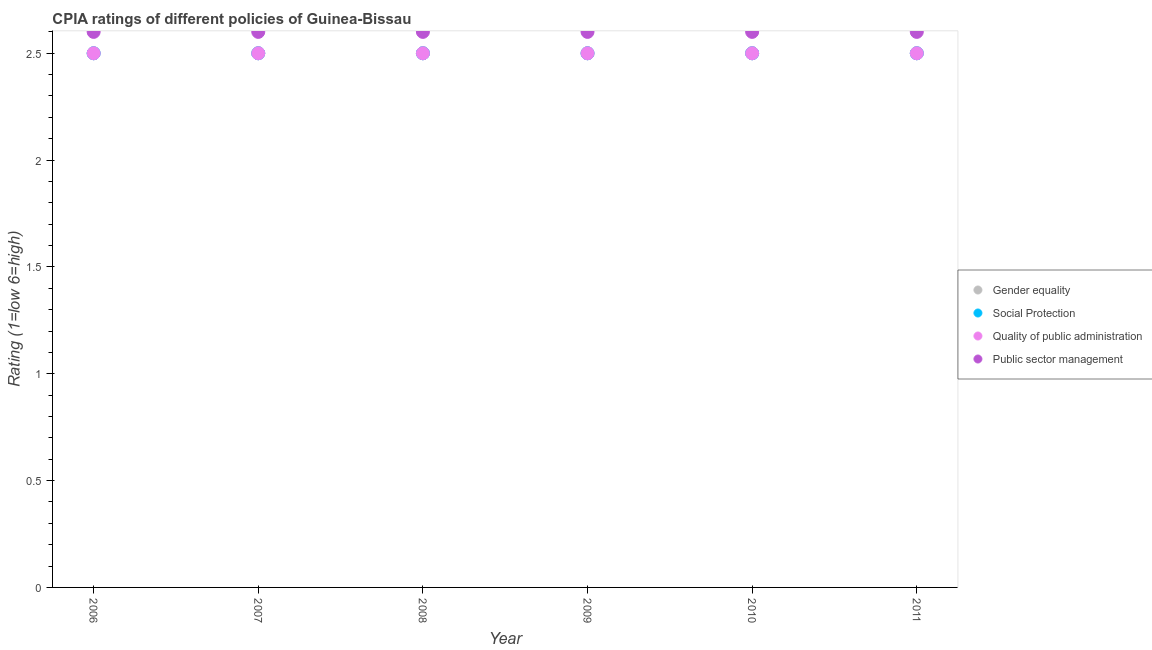
| Year | Gender equality | Social Protection | Quality of public administration | Public sector management |
 | --- | --- | --- | --- | --- |
 | 2006 | 2.5 | 2.5 | 2.5 | 2.6 |
 | 2007 | 2.5 | 2.5 | 2.5 | 2.6 |
 | 2008 | 2.5 | 2.5 | 2.5 | 2.6 |
 | 2009 | 2.5 | 2.5 | 2.5 | 2.6 |
 | 2010 | 2.5 | 2.5 | 2.5 | 2.6 |
 | 2011 | 2.5 | 2.5 | 2.5 | 2.6 |